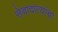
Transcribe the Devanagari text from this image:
सेवादात्यांचा